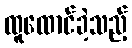
ထူထောင်ခဲ့သည့်